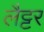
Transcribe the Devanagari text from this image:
लैट्टर